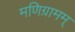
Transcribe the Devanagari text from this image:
मणिग्रामम्